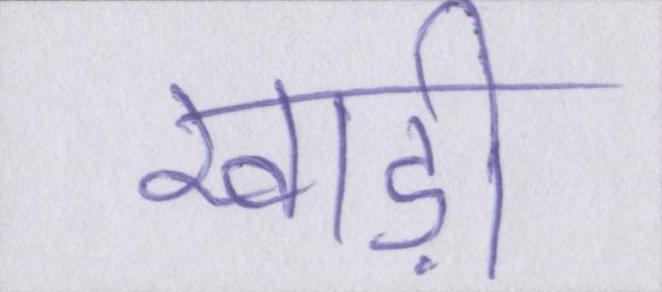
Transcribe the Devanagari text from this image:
खाड़ी